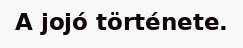
A jojó története.